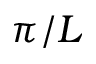
\pi / L